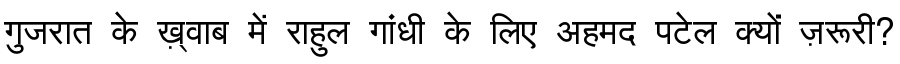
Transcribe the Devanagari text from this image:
गुजरात के ख़्वाब में राहुल गांधी के लिए अहमद पटेल क्यों ज़रूरी?